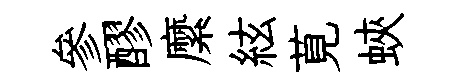
參醪縻絃莧蛺